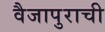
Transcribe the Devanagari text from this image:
वैजापुराची